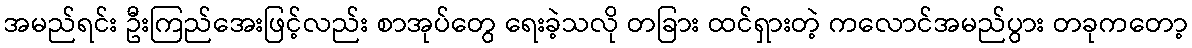
အမည်ရင်း ဦးကြည်အေးဖြင့်လည်း စာအုပ်တွေ ရေးခဲ့သလို တခြား ထင်ရှားတဲ့ ကလောင်အမည်ပွား တခုကတော့